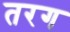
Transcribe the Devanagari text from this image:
तरग